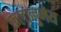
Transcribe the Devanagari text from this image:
फलानुमेय